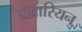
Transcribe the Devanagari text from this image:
बोवारियन